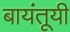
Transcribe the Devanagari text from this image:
बायंतूयी